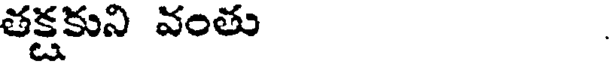
తక్షకుని వంతు